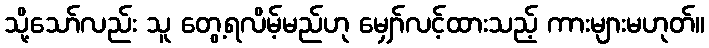
သို့သော်လည်း သူ တွေ့ရလိမ့်မည်ဟု မျှော်လင့်ထားသည့် ကားများမဟုတ်။